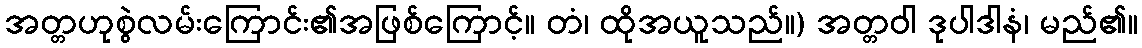
အတ္တဟုစွဲလမ်းကြောင်း၏အဖြစ်ကြောင့်။ တံ၊ ထိုအယူသည်။) အတ္တဝါ ဒုပါဒါနံ၊ မည်၏။